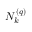
N _ { k } ^ { \left( q \right) }